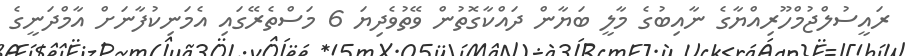
ރައީސުލްޖުމްހޫރިއްޔާގެ ނާއިބުގެ މާލީ ބަޔާން ދައްކާގޮތުން ވޭތުވެދިޔަ 6 މަސްތެރޭގައި އެމަނިކުފާނަށް އާމްދަނީގެ